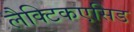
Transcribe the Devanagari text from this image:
लैक्टिकएसिड